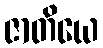
ဇာတိယေ